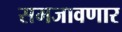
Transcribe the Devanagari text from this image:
समजावणार